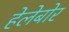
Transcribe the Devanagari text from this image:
हेलेबोर